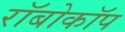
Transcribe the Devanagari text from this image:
राॅबोकाॅप